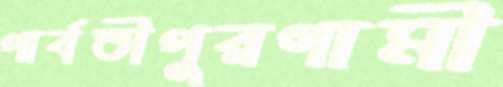
পার্বতীপুরগামী